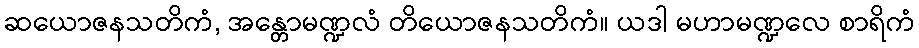
ဆယောဇနသတိကံ, အန္တောမဏ္ဍလံ တိယောဇနသတိကံ။ ယဒါ မဟာမဏ္ဍလေ စာရိကံ